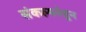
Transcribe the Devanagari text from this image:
संकल्पनेहून